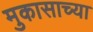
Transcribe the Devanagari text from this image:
मुकासाच्या